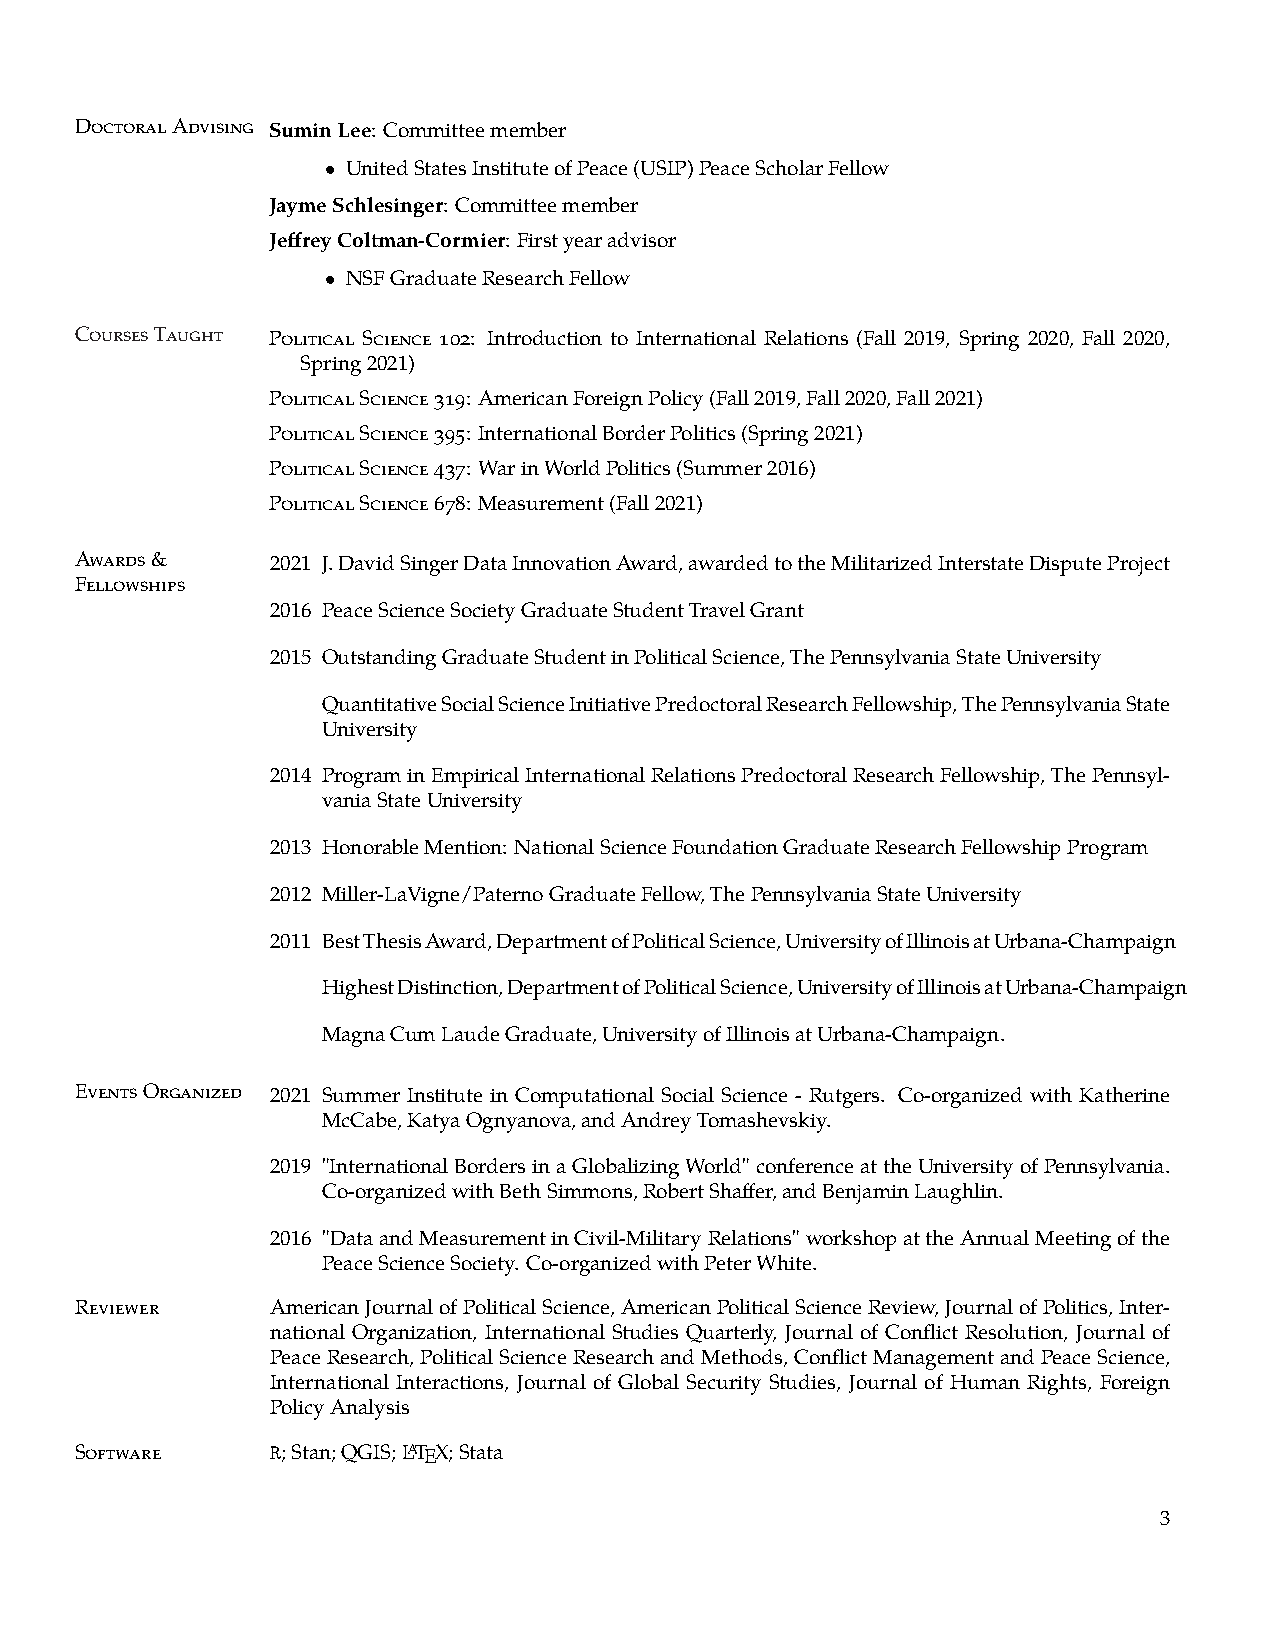
DoctoralAdvising SuminLee: Committeemember
 • UnitedStatesInstituteofPeace(USIP)PeaceScholarFellow
 JaymeSchlesinger: Committeemember
 JeffreyColtman-Cormier: Firstyearadvisor
 • NSFGraduateResearchFellow
 CoursesTaught Political Science 102: Introduction to International Relations (Fall 2019, Spring 2020, Fall 2020,
 Spring2021)
 PoliticalScience319: AmericanForeignPolicy(Fall2019,Fall2020,Fall2021)
 PoliticalScience395: InternationalBorderPolitics(Spring2021)
 PoliticalScience437: WarinWorldPolitics(Summer2016)
 PoliticalScience678: Measurement(Fall2021)
 Awards&      2021 J.DavidSingerDataInnovationAward,awardedtotheMilitarizedInterstateDisputeProject
 Fellowships
 2016 PeaceScienceSocietyGraduateStudentTravelGrant
 2015 OutstandingGraduateStudentinPoliticalScience,ThePennsylvaniaStateUniversity
 QuantitativeSocialScienceInitiativePredoctoralResearchFellowship,ThePennsylvaniaState
 University
 2014 PrograminEmpiricalInternationalRelationsPredoctoralResearchFellowship,ThePennsyl-
 vaniaStateUniversity
 2013 HonorableMention: NationalScienceFoundationGraduateResearchFellowshipProgram
 2012 Miller-LaVigne/PaternoGraduateFellow,ThePennsylvaniaStateUniversity
 2011 BestThesisAward,DepartmentofPoliticalScience,UniversityofIllinoisatUrbana-Champaign
 HighestDistinction,DepartmentofPoliticalScience,UniversityofIllinoisatUrbana-Champaign
 MagnaCumLaudeGraduate,UniversityofIllinoisatUrbana-Champaign.
 EventsOrganized 2021 Summer Institute in Computational Social Science - Rutgers. Co-organized with Katherine
 McCabe,KatyaOgnyanova,andAndreyTomashevskiy.
 2019 "InternationalBordersinaGlobalizingWorld"conferenceattheUniversityofPennsylvania.
 Co-organizedwithBethSimmons,RobertShaffer,andBenjaminLaughlin.
 2016 "DataandMeasurementinCivil-MilitaryRelations"workshopattheAnnualMeetingofthe
 PeaceScienceSociety. Co-organizedwithPeterWhite.
 Reviewer     AmericanJournalofPoliticalScience,AmericanPoliticalScienceReview,JournalofPolitics,Inter-
 national Organization, International Studies Quarterly, Journal of Conflict Resolution, Journal of
 PeaceResearch,PoliticalScienceResearchandMethods,ConflictManagementandPeaceScience,
 International Interactions, Journal of Global Security Studies, Journal of Human Rights, Foreign
 PolicyAnalysis
 Software     R;Stan;QGIS;LATEX;Stata
 3